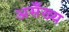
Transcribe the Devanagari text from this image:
असँख्य